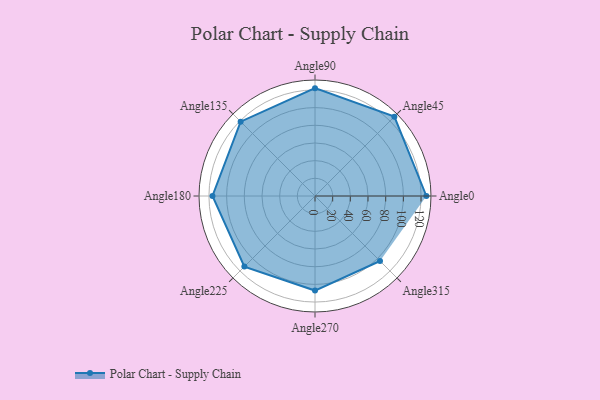
{"axis": {"x": "Angle", "y": "Radius"}, "legend": [""], "data": [{"x": "Angle0", "y": 126.0, "type": ""}, {"x": "Angle45", "y": 127.0, "type": ""}, {"x": "Angle90", "y": 122.0, "type": ""}, {"x": "Angle135", "y": 119.0, "type": ""}, {"x": "Angle180", "y": 116.0, "type": ""}, {"x": "Angle225", "y": 113.0, "type": ""}, {"x": "Angle270", "y": 107.0, "type": ""}, {"x": "Angle315", "y": 104.0, "type": ""}]}